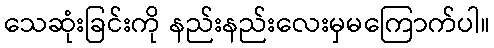
သေဆုံးခြင်းကို နည်းနည်းလေးမှမကြောက်ပါ။